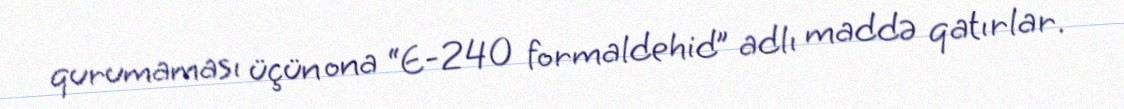
qurumaması üçün ona “E-240 formaldehid” adlı maddə qatırlar.